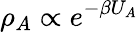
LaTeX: \rho_{A}\propto e^{-\beta U_{A}}